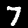
Label: 7